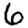
Digit: 6